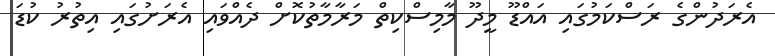
އެރަދުންގެ ރަސްކަމުގައި އައްޑޫ މީދޫ މާމިސްކިތް މަރާމާތުކޮށް ދެއްވައި އެރަށުގައި އިތުރު ކުޑަ